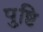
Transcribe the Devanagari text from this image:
पु्ष्टि